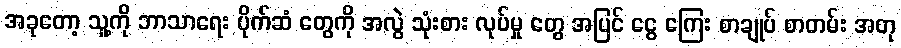
အခုတော့ သူ့ကို ဘာသာရေး ပိုက်ဆံ တွေကို အလွဲ သုံးစား လုပ်မှု တွေ အပြင် ငွေ ကြေး စာချုပ် စာတမ်း အတု